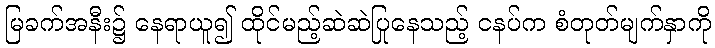
မြခက်အနီး၌ နေရာယူ၍ ထိုင်မည့်ဆဲဆဲပြုနေသည့် ငနပ်က စံတုတ်မျက်နှာကို